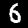
Label: 6